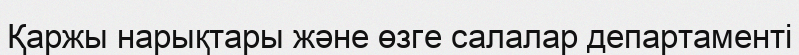
Қаржы нарықтары және өзге салалар департаменті